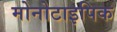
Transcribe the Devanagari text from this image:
मोनोटाइपिक